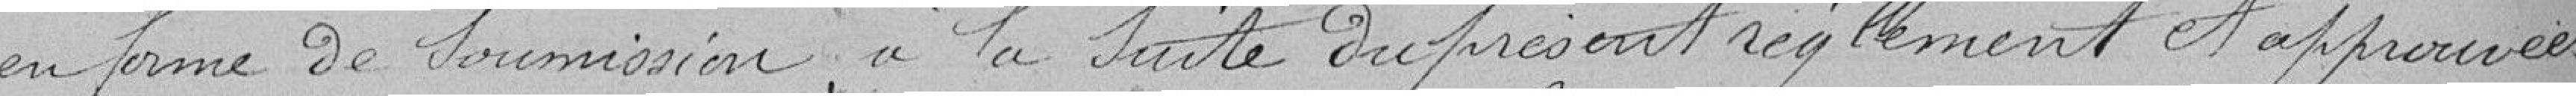
en forme de soumission, à la suite du présent règlement et approuvées